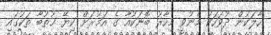
ހާލަކުން ދުވަހަކު މެނުވީ މިހާރު ބޮނަކުއާ ގެ އަމުރަށް ކިޔޭ ޚުތުބާ ތަކުގައި